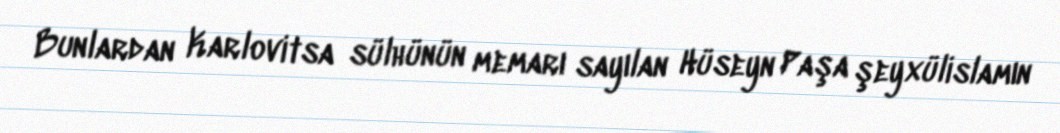
Bunlardan Karlovitsa sülhünün memarı sayılan Hüseyn Paşa şeyxülislamın